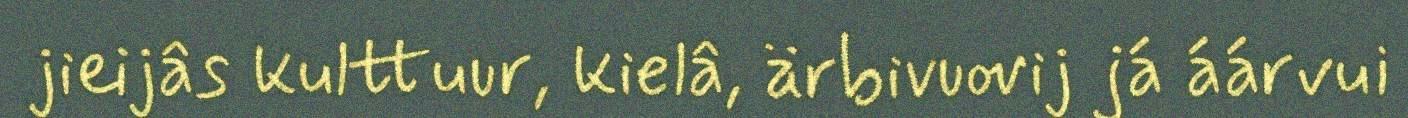
jieijâs kulttuur, kielâ, ärbivuovij já áárvui